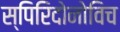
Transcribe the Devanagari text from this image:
स्पिरिदोनोविच